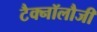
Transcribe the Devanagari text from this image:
टैक्नॉलौजी